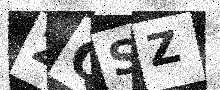
Text: 2QSZ